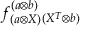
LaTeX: f _ { ( a \otimes X ) } ^ { ( a \otimes b ) } { } _ { ( X ^ { T } \otimes b ) }